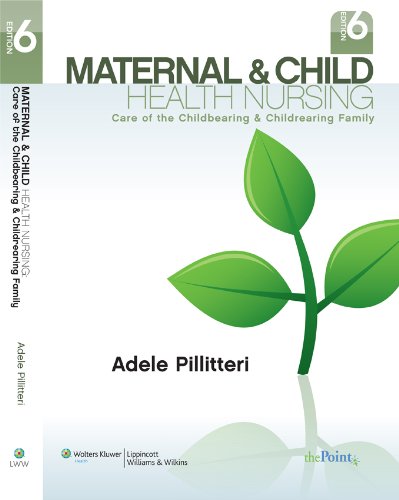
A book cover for Maternal and Child Health Nursing: Care of the Childbearing and Childrearing Family; Dr. Adele Pillitteri PhD  RN  PNP; Parenting & Relationships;